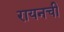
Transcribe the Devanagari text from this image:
रायनची